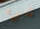
شيء